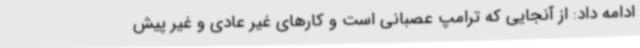
ادامه داد: از آنجایی که ترامپ عصبانی است و کارهای غیر عادی و غیر پیش